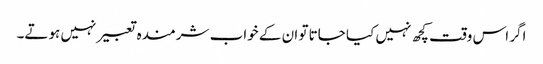
اگر اس وقت کچھ نہیں کیا جاتا تو ان کے خواب شرمندہ تعبیر نہیں ہوتے۔